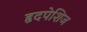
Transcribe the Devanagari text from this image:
हृदपेशिज